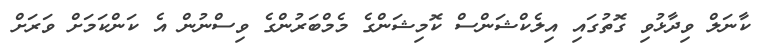
ކާނަލް ވިދާޅުވި ގޮތުގައި އިލެކްޝަންސް ކޮމިޝަންގެ މެމްބަރުންގެ ވިސްނުން އެ ކަންކަމަށް ވަރަށް